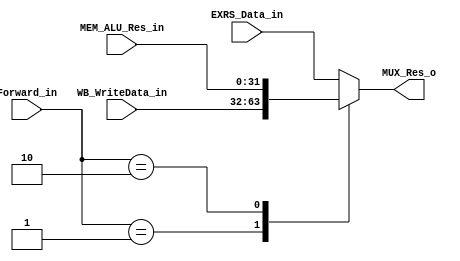
module MUX32_4i(
	Forward_in,
	EXRS_Data_in,
	MEM_ALU_Res_in,
	WB_WriteData_in,
	MUX_Res_o
);

//Ports
input   [1:0]   Forward_in;
input   [31:0]  EXRS_Data_in;
input   [31:0]  MEM_ALU_Res_in;
input   [31:0]  WB_WriteData_in;
output  [31:0]  MUX_Res_o;

reg     [31:0]  MUX_Res;

assign MUX_Res_o = MUX_Res;

always @(*) begin
	case (Forward_in)
        2'b00:	begin
            MUX_Res = EXRS_Data_in;
        end

		2'b01: begin
            MUX_Res = WB_WriteData_in;
        end

        2'b10: begin
            MUX_Res = MEM_ALU_Res_in;
        end

        default: begin
            MUX_Res = EXRS_Data_in;
        end
    endcase
end

endmodule